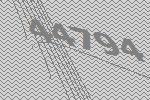
44794